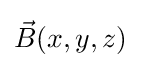
{\vec {B}}(x,y,z)